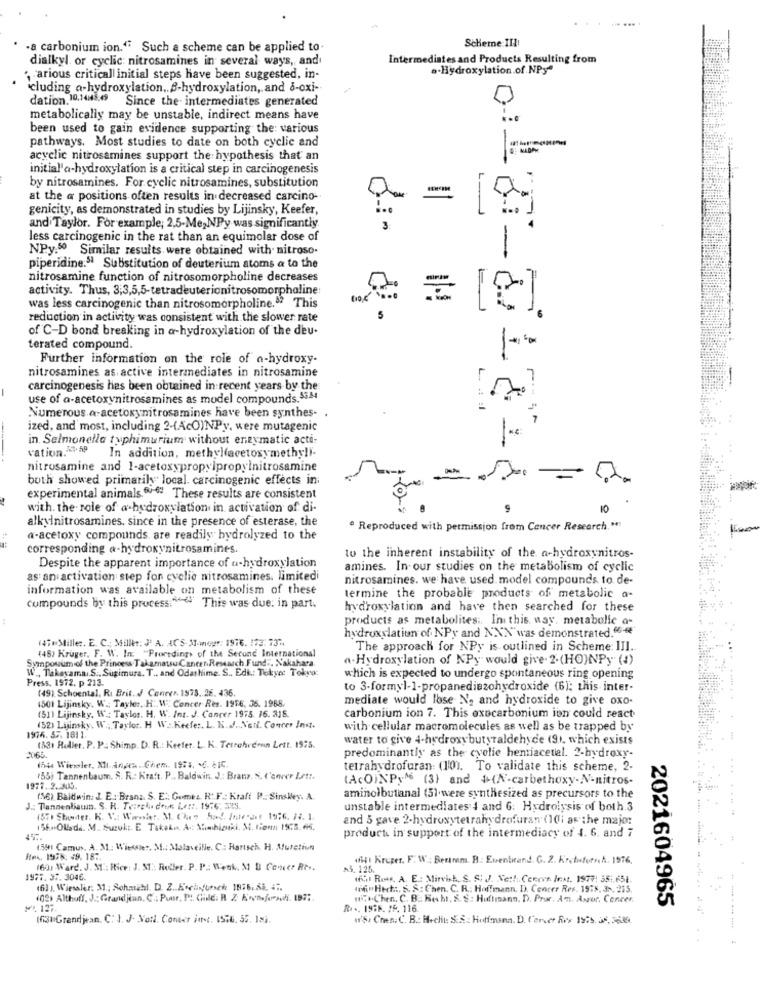
...--.
Scheme II !!
-a carbonium ion." Such a scheme can be applied to.
dialkyl. or cyclic: nitrosamines in several ways, and
Intermediates and Products Resulting from
a-Hydroxylation.of NPy"
" arious critical initial steps have been suggested, in-
cluding a-hydroxylation .. - hydroxylation, and 8-oxi-
dation. 10.14H3.49 Since the intermediates generated
metabolically may be unstable, indirect means have
been used to gain evidence supporting the: various
pathways. Most studies to date on both cyclic and
acyclic nitrosamines support the hypothesis that an
initial'a-hydroxylation is a critical step in carcinogenesis
L.
by nitrosamines. For cyclic nitrosamines, substitution
at the a positions often results in decreased carcino-
genicity, as demonstrated in studies by Lijinsky, Keefer,
and Taylor. For example; 2,5-Me,NPy was significantly.
less carcinogenic in the rat than an equimolar dose of
NPy.50 Similar results were obtained with nitroso.
piperidine:5 Substitution of deuterium atoms a to the
nitrosamine function of nitrosomorpholine decreases
activity. Thus, 3;3,5,5-tetradeuterionitrosomorphaline
was less carcinogenic than nitrosomorpholine."? This
reduction in activity was consistent with the slower rate
of C-D bond breaking in a-hydroxylation of the deu.
terated compound.
Further information on the role of a-hydroxy-
nitrosamines as. active intermediates in nitrosamine
carcinogenesis has been obtained in recent years by the
use of a-acetoxynitrosamines as model compounds. 5.44
L.
Numerous a-acetoxynitrosamines have been synthes- .
ized, and most, including 2-(AcO)NPy, were mutagenic
in. Salmonella typhimurium without enzymatic acti-
vation. . 59
In addition, methylfacetoxymethyli-
nitrosamine and 1-acetoxypropylpropylnitrosamine
both showed primarily local. carcinogenic effects in:
=
experimental animals #: These results are consistent
with. the role of a-hydroxylation in activation of di-
9
alkylnitrosamines. since in the presence of esterase, the
· Reproduced with permission from Cancer Research."
a-acetoxy compounds are readily hydrolyzed to the
corresponding a-hydroxynitrosamines.
to the inherent instability of the a-hydroxynitros-
Despite the apparent importance of a-hydroxylation
amines. In our studies on the metabolism of cyclic
as an activation step fon cyelie nitrosamines. limitedi
nitrosamines. we have used. model compounds to de-
information was available on metabolism of these
termine the probable products of metabolic a-
compounds by this process:"This was due. in part.
hydroxylation and have then searched for these
products as metabolites :. In this way. metabolic o-
14TeMiller. E. C .; Miller: J' A. ACS 3Timer: 1916. 172 737
hydroxylation of NPy and NNN"was demonstrated."<
The approach for NPy is outlined in Scheme III ..
Sympouum of the Princess Takamatsu Cancer Research Fund .. Nakahara.
(45) Kruger, F. W. In. "Procedings of the Second International
a- Hydroxylation of NPy would give 2.(HO)NPy (4)
W ., Takeyama.S ., Suzimura. T ., and Odashime. S ., Edi .: Tokyo Tokyo:
Press. 1972. p 213.
which is expected to undergo spontaneous ring opening
(49) Schoental, R. Brit. J Coneer. 1973. 26. 436.
to 3-formyl-1-propanediezohydroxide (6): this inter-
mediate would lose No and hydroxide to give oxo-
(501 Lijinsky. W .: Tayler. H. W. Concer Res. 1976, 36. 1988.
(51) Lijinsky. W. Taylor. H. W. Int. J. Concer 1975. 16. 218.
carbonium ion 7. This exocarbonium ion could react
(52) Luinky. W. Taylor. H W ... Keefer. L. H. J. Nell. Concer Inst.
with cellular macromolecules as well as be trapped by
1976. 57. 181 1.
water to give 4-hydroxy butyraldehyde (91. which exists
1631 Roller. P. P. Shimp. D. R .: Keefer. L. K. Terrehvemn Lett. 1975.
predominantly as the cyolie hentiacetal. 2-hydroxy-
7.65.
654 Wiesler, Mi-injek. Chem. 1984. C. LIC.
tetrahydrofuran: (10). To validate this scheme, 2-
(55) Tannenbaum. S. R .: Kraft. P .. Baldwin. J .: Branz. S. C'onver Lett.
(ACOINPyM (3) and +(N-carbethoxy-N-nitros-
1977. 2.2805.
(56) Baldwin. J. E .: Branz. S. E .: Gomez. R. F .: Kraft P .: Sinskey. A.
aminolbutanal (5) were synthesized as precursors to the
J .: Tannenbaum. S. R. Tearch. doon Ler, 1976, 323.
unstable intermediates 4 and 6: Hydrolysis of both 3
(57) Shorter. K. V .: Warnter. M. Chez 5ad. Inderant 19:6. 72. 1.
and 5 gave 2-hydroxytetrahydrofuran (10li as the major
156.Olade. M. Sucuks. E TakeLa Ac Mmhimki. M. tien 1978. 65.
product in support of the intermediacy of 4. 6. and 7
45
1591 Camus, A. M .: Wiessier, M .: Malaveille. C .: Harisch. H. Musstion
Rtes, 1978: 49. 18 :.
(64) Kroner. F. W: Beranm. B .: Evenbrand. G. 2. Krebsforn.A. 1976.
(60) Ward. J. M .: Hice: J. ST': Roller. P. P .: Wenk, M DI Concer Rt ..
AS. 125.
1977. 37.3046.
IfHt Row, A. E .: Mirvish, S. S: J. Net !. Ceecee Inst. 1977: 551.651.
(61 ), Wiesaler: M .; Sohmihl. D. Z .. EtcNursch 1876, 88. ...
(fim Hect. S. S .: Chen. C. R. Hoffmann, D. Concer Res. 1578. 3 .. 215.
(02) Althoff, J .; Grandjean, C .: Pour, P :. Gille. R. Z Kova.josdi. 197 :.
( ... Chen. C. B. Hecht. &. S: Huffmann. D. Prur. An. Aszor, Concen
₩.127
R. .. 19:5. IF. 116.
2021604965
(631)Grandjean. C: 1. J. Nott. Conter inc. IS.6. 55. 18).
'S, Chen. C. B .: Hecht: S.S .: Hoffmana. D. Carvet Fex 15:3 35, Sill
----- --